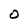
Character: O